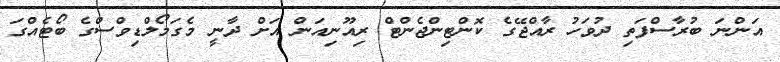
އަންނަ ބުރާސްފަތި ދުވަހު ރާއްޖޭގެ ކޮންޓިންޖެންޓް ރިއޫނިއަން އަށް ދާނީ މެގަމޯލްޑިވްސްގެ ބޯޓެއްގަ